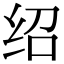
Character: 绍